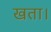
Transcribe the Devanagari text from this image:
खता।